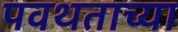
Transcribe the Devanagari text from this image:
पवथताच्या